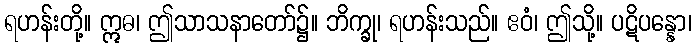
ရဟန်းတို့။ ဣဓ၊ ဤသာသနာတော်၌။ ဘိက္ခု၊ ရဟန်းသည်။ ဧဝံ၊ ဤသို့။ ပဋိပန္နော၊